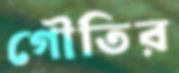
গৌতির